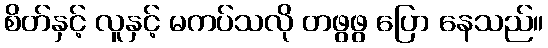
စိတ်နှင့် လူနှင့် မကပ်သလို တဖွဖွ ပြော နေသည်။